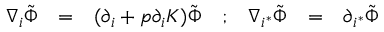
\begin{array} { c c c c c c c } { { \nabla _ { i } \tilde { \Phi } } } & { { = } } & { { ( \partial _ { i } + p \partial _ { i } { \cal K } ) \tilde { \Phi } } } & { { ; } } & { { \nabla _ { i ^ { * } } \tilde { \Phi } } } & { { = } } & { { \partial _ { i ^ { * } } \tilde { \Phi } } } \end{array}